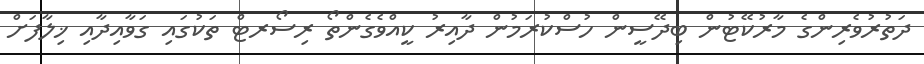
ދަތުރުވެރިންގެ މާރުކޭޓުން ބިދޭސީން ހުސްކުރަމުން ދާއިރު ކީއްވެގެންތޯ ރިސޯރޓް ތަކުގައި ގަވާއިދާއި ޚިލާފަށް